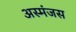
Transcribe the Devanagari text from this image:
अस्मंजस